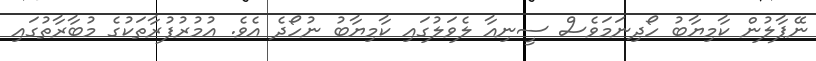
ނޭޕާލުން ކާމިޔާބު ހޯދިނަމަވެސް ސީނިއާ ލެވަލުގައި ކާމިޔާބު ނުހޯދެ އެވެ. އުމުރުފުރާތަކުގެ މުބާރާތުގައި